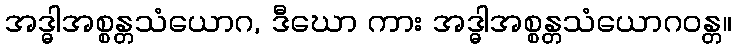
အဒ္ဓါအစ္စန္တသံယောဂ, ဒီဃော ကား အဒ္ဓါအစ္စန္တသံယောဂဝန္တ။